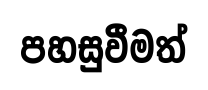
පහසුවීමත්